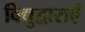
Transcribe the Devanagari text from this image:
विद्युद्वाराएँ